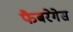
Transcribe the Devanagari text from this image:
फैबरेगेस